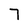
Character: 7